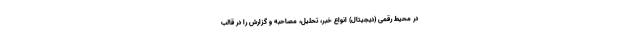
در محیط رقمی (دیجیتال) انواع خبر، تحلیل، مصاحبه و گزارش را در قالب